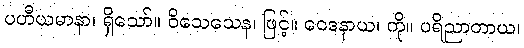
ပဟီယမာနာ၊ ရှိသော်။ ဝိသေသေန၊ ဖြင့်။ ဝေဒနာယ၊ ကို။ ပရိညာတာယ၊